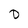
Character: 0